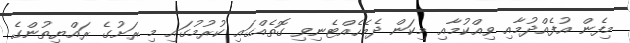
މިފެން އުފެއްދުމާއި ވިއްކުމާއި މިކަން ދެމެހެއްޓެނިވި ގޮތެއްގައި ކުރުމުގައި މި ރަށުގެ ރައްޔިތުންގެ